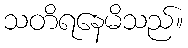
သတိရနေမိသည်။